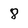
Character: 8